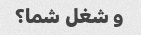
و شغل شما؟